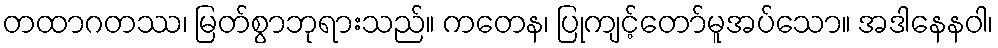
တထာဂတဿ၊ မြတ်စွာဘုရားသည်။ ကတေန၊ ပြုကျင့်တော်မူအပ်သော။ အဒါနေနဝါ၊